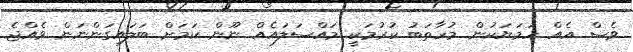
ވެސް އެއް ހަމަޔަކުން މުހާތަބު ކުރުމަކީ މައްސަލައެއް ނޫން ކަމަށް ބަލައިގަންނަން ވެއްޖެ